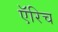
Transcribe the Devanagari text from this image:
ऍरिच